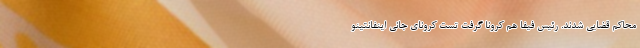
محاکم قضایی شدند. رئیس فیفا هم کرونا گرفت تست کرونای جانی اینفانتینو